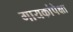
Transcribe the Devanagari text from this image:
गायकांपेक्षा